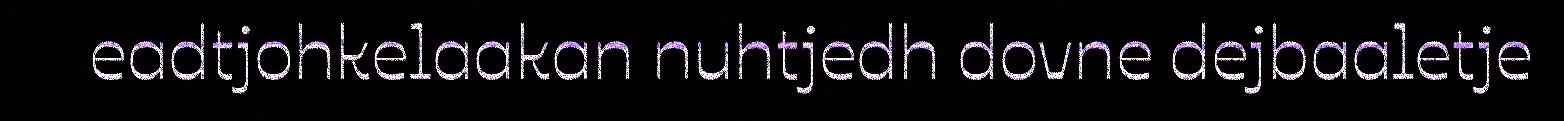
eadtjohkelaakan nuhtjedh dovne dejbaaletje